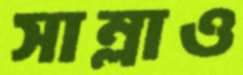
সাম্‌লাও